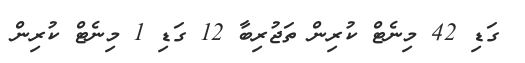
ގަޑި 42 މިނެޓް ކުރިން ތަޖުރިބާ 12 ގަޑި 1 މިނެޓް ކުރިން